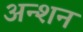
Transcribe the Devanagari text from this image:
अन्शन